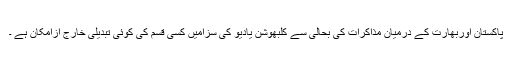
پاکستان اوربھارت کے درمیان مذاکرات کی بحالی سے کلبھوشن یادیو کی سزامیں کسی قسم کی کوئی تبدیلی خارج ازامکان ہے ۔